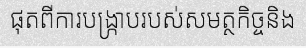
ផុតពីការបង្ក្រាបរបស់សមត្ថកិច្ចនិង